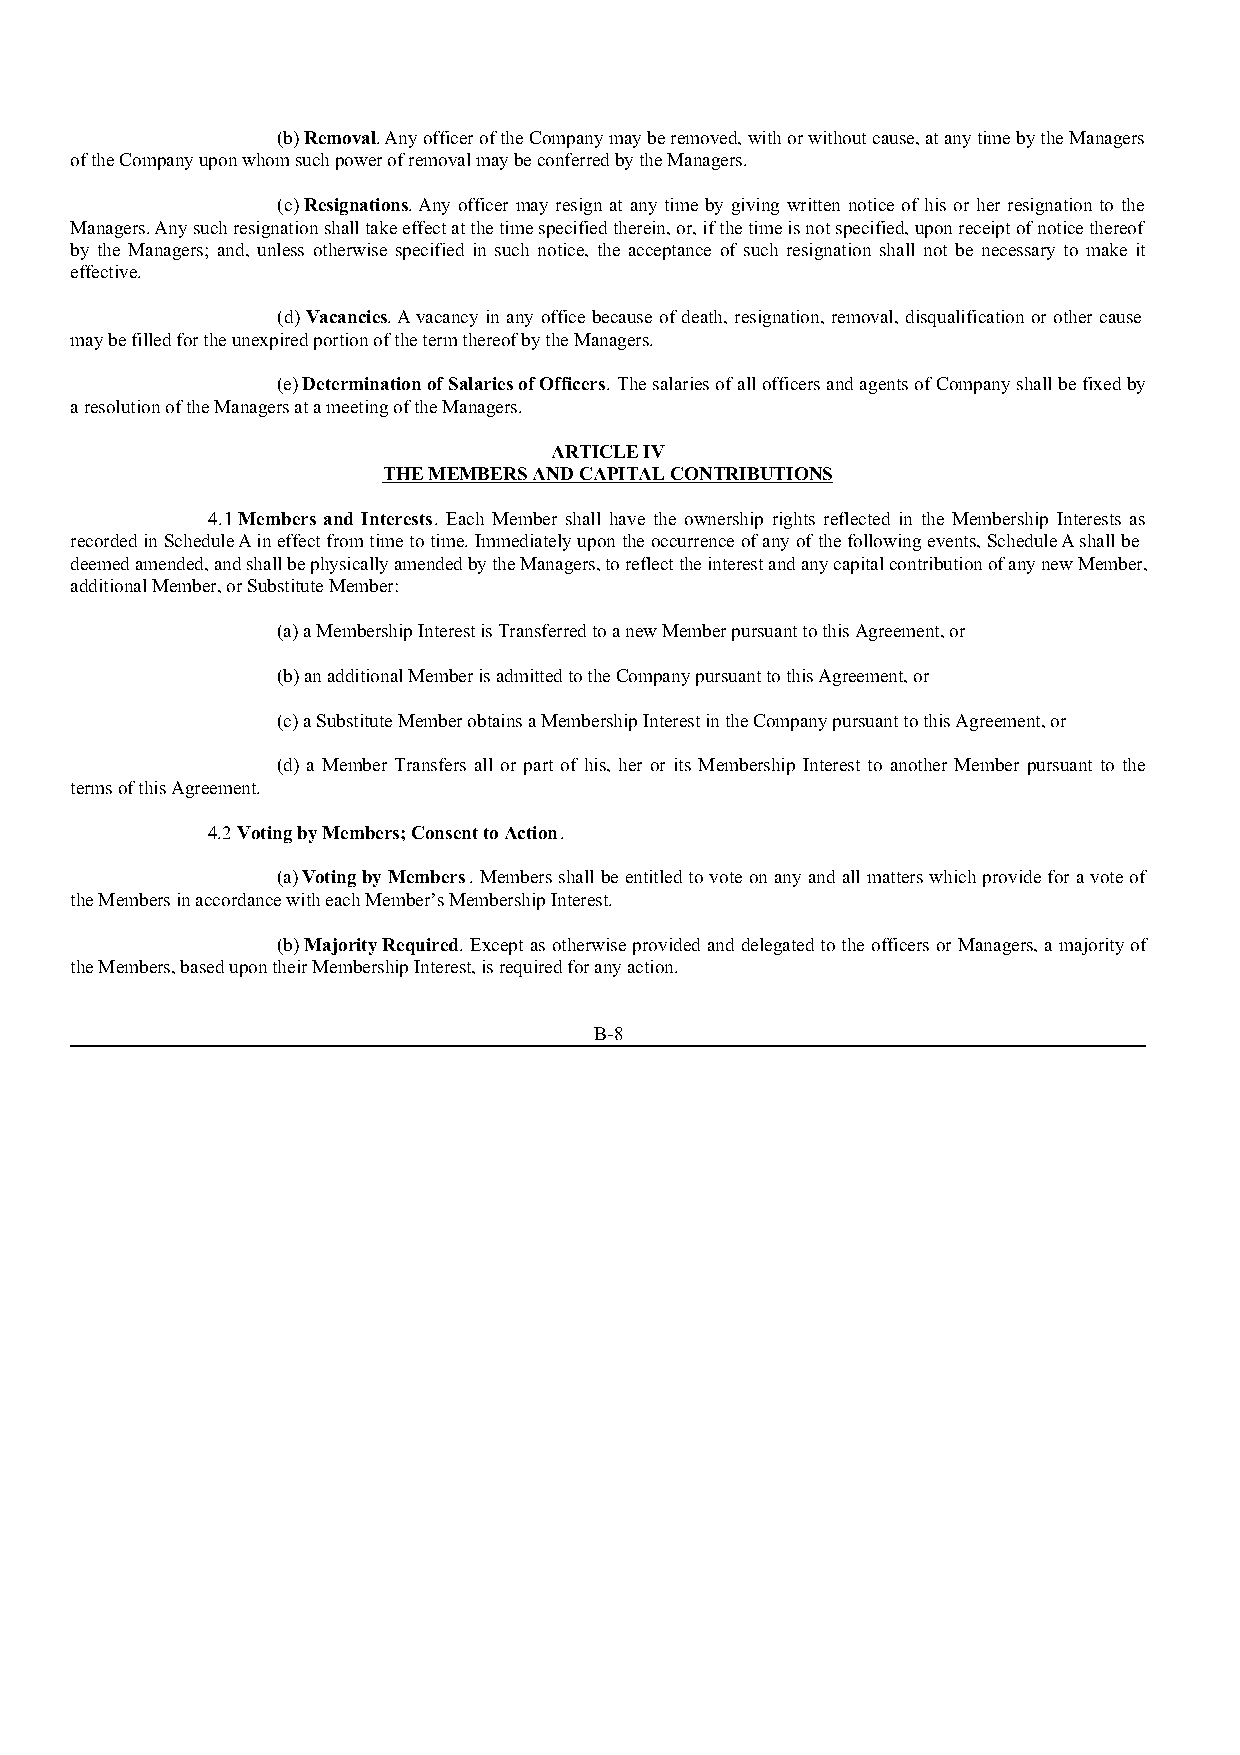
(b) Removal. Any officer of the Company may be removed, with or without cause, at any time by the Managers
 of the Company upon whom such power of removal may be conferred by the Managers.
 (c) Resignations. Any officer may resign at any time by giving written notice of his or her resignation to the
 Managers. Any such resignation shall take effect at the time specified therein, or, if the time is not specified, upon receipt of notice thereof
 by the Managers; and, unless otherwise specified in such notice, the acceptance of such resignation shall not be necessary to make it
 effective.
 (d) Vacancies. A vacancy in any office because of death, resignation, removal, disqualification or other cause
 may be filled for the unexpired portion of the term thereof by the Managers.
 (e) Determination of Salaries of Officers. The salaries of all officers and agents of Company shall be fixed by
 a resolution of the Managers at a meeting of the Managers.
 ARTICLE IV
 THE MEMBERS AND CAPITAL CONTRIBUTIONS
 4.1 Members and Interests. Each Member shall have the ownership rights reflected in the Membership Interests as
 recorded in Schedule A in effect from time to time. Immediately upon the occurrence of any of the following events, Schedule A shall be
 deemed amended, and shall be physically amended by the Managers, to reflect the interest and any capital contribution of any new Member,
 additional Member, or Substitute Member:
 (a) a Membership Interest is Transferred to a new Member pursuant to this Agreement, or
 (b) an additional Member is admitted to the Company pursuant to this Agreement, or
 (c) a Substitute Member obtains a Membership Interest in the Company pursuant to this Agreement, or
 (d) a Member Transfers all or part of his, her or its Membership Interest to another Member pursuant to the
 terms of this Agreement.
 4.2 Voting by Members; Consent to Action.
 (a) Voting by Members. Members shall be entitled to vote on any and all matters which provide for a vote of
 the Members in accordance with each Member’s Membership Interest.
 (b) Majority Required. Except as otherwise provided and delegated to the officers or Managers, a majority of
 the Members, based upon their Membership Interest, is required for any action.
 B-8